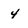
Character: 4